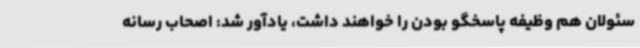
سئولان هم وظیفه پاسخگو بودن را خواهند داشت، یادآور شد: اصحاب رسانه